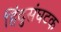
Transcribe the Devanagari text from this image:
हिंदुसंघटक